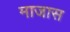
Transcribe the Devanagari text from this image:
माजास